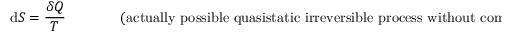
\mathrm { d } S = { \frac { \delta Q } { T } } \, \, \, \, \, \, \, \, \, \, \, \, \, \, \, \, \, \, \, \, \, \, \, { \mathrm { ( a c t u a l l y ~ p o s s i b l e ~ q u a s i s t a t i c ~ i r r e v e r s i b l e ~ p r o c e s s ~ w i t h o u t ~ c o m p o s i t i o n ~ c h a n g e ) . } }